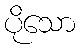
ပိုသော